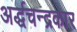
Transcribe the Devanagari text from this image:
अर्द्धचन्द्रकार